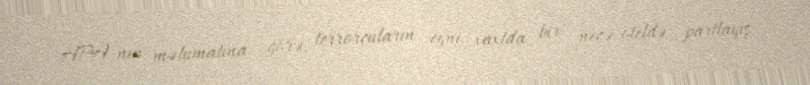
APA-nın məlumatına görə, terrorçuların eyni vaxtda bir neçə oteldə partlayış